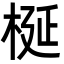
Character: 梴